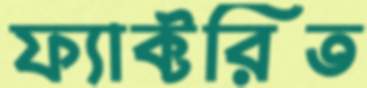
ফ্যাক্টরিত